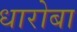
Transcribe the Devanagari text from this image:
धारोबा